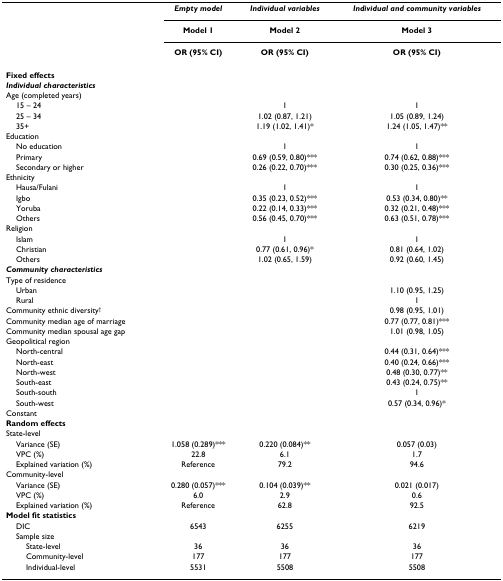
<table><thead><tr><td></td><td><b><i>Empty model</i></b></td><td><b><i>Individual variables</i></b></td><td><b><i>Individual and community variables</i></b></td></tr><tr><td></td><td><b>Model 1</b></td><td><b>Model 2</b></td><td><b>Model 3</b></td></tr><tr><td></td><td><b>OR (95% CI)</b></td><td><b>OR (95% CI)</b></td><td><b>OR (95% CI)</b></td></tr></thead><tbody><tr><td><b>Fixed effects</b></td><td></td><td></td><td></td></tr><tr><td><b><i>Individual characteristics</i></b></td><td></td><td></td><td></td></tr><tr><td>Age (completed years)</td><td></td><td></td><td></td></tr><tr><td> 15 – 24</td><td></td><td>1</td><td>1</td></tr><tr><td> 25 – 34</td><td></td><td>1.02 (0.87, 1.21)</td><td>1.05 (0.89, 1.24)</td></tr><tr><td> 35+</td><td></td><td>1.19 (1.02, 1.41)*</td><td>1.24 (1.05, 1.47)**</td></tr><tr><td>Education</td><td></td><td></td><td></td></tr><tr><td> No education</td><td></td><td>1</td><td>1</td></tr><tr><td> Primary</td><td></td><td>0.69 (0.59, 0.80)***</td><td>0.74 (0.62, 0.88)***</td></tr><tr><td> Secondary or higher</td><td></td><td>0.26 (0.22, 0.70)***</td><td>0.30 (0.25, 0.36)***</td></tr><tr><td>Ethnicity</td><td></td><td></td><td></td></tr><tr><td> Hausa/Fulani</td><td></td><td>1</td><td>1</td></tr><tr><td> Igbo</td><td></td><td>0.35 (0.23, 0.52)***</td><td>0.53 (0.34, 0.80)**</td></tr><tr><td> Yoruba</td><td></td><td>0.22 (0.14, 0.33)***</td><td>0.32 (0.21, 0.48)***</td></tr><tr><td> Others</td><td></td><td>0.56 (0.45, 0.70)***</td><td>0.63 (0.51, 0.78)***</td></tr><tr><td>Religion</td><td></td><td></td><td></td></tr><tr><td> Islam</td><td></td><td>1</td><td>1</td></tr><tr><td> Christian</td><td></td><td>0.77 (0.61, 0.96)*</td><td>0.81 (0.64, 1.02)</td></tr><tr><td> Others</td><td></td><td>1.02 (0.65, 1.59)</td><td>0.92 (0.60, 1.45)</td></tr><tr><td><b><i>Community characteristics</i></b></td><td></td><td></td><td></td></tr><tr><td>Type of residence</td><td></td><td></td><td></td></tr><tr><td> Urban</td><td></td><td></td><td>1.10 (0.95, 1.25)</td></tr><tr><td> Rural</td><td></td><td></td><td>1</td></tr><tr><td>Community ethnic diversity<sup>†</sup></td><td></td><td></td><td>0.98 (0.95, 1.01)</td></tr><tr><td>Community median age of marriage</td><td></td><td></td><td>0.77 (0.77, 0.81)***</td></tr><tr><td>Community median spousal age gap</td><td></td><td></td><td>1.01 (0.98, 1.05)</td></tr><tr><td>Geopolitical region</td><td></td><td></td><td></td></tr><tr><td> North-central</td><td></td><td></td><td>0.44 (0.31, 0.64)***</td></tr><tr><td> North-east</td><td></td><td></td><td>0.40 (0.24, 0.66)***</td></tr><tr><td> North-west</td><td></td><td></td><td>0.48 (0.30, 0.77)**</td></tr><tr><td> South-east</td><td></td><td></td><td>0.43 (0.24, 0.75)**</td></tr><tr><td> South-south</td><td></td><td></td><td>1</td></tr><tr><td> South-west</td><td></td><td></td><td>0.57 (0.34, 0.96)*</td></tr><tr><td>Constant</td><td></td><td></td><td></td></tr><tr><td><b>Random effects</b></td><td></td><td></td><td></td></tr><tr><td>State-level</td><td></td><td></td><td></td></tr><tr><td> Variance (SE)</td><td>1.058 (0.289)***</td><td>0.220 (0.084)**</td><td>0.057 (0.03)</td></tr><tr><td> VPC (%)</td><td>22.8</td><td>6.1</td><td>1.7</td></tr><tr><td> Explained variation (%)</td><td>Reference</td><td>79.2</td><td>94.6</td></tr><tr><td>Community-level</td><td></td><td></td><td></td></tr><tr><td> Variance (SE)</td><td>0.280 (0.057)***</td><td>0.104 (0.039)**</td><td>0.021 (0.017)</td></tr><tr><td> VPC (%)</td><td>6.0</td><td>2.9</td><td>0.6</td></tr><tr><td> Explained variation (%)</td><td>Reference</td><td>62.8</td><td>92.5</td></tr><tr><td><b>Model fit statistics</b></td><td></td><td></td><td></td></tr><tr><td> DIC</td><td>6543</td><td>6255</td><td>6219</td></tr><tr><td> Sample size</td><td></td><td></td><td></td></tr><tr><td>State-level</td><td>36</td><td>36</td><td>36</td></tr><tr><td>Community-level</td><td>177</td><td>177</td><td>177</td></tr><tr><td>Individual-level</td><td>5531</td><td>5508</td><td>5508</td></tr></tbody></table>